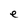
Character: e